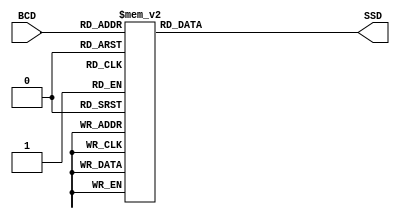
`timescale 1ns / 1ps
//////////////////////////////////////////////////////////////////////////////////
// Company: 
// Engineer: 
// 
// Design Name: 
// Module Name: bcd_to_SSG
// Project Name: 
// Target Devices: 
// Tool Versions: 
// Description: 
// 
// Dependencies: 
// 
// Revision:
// Revision 0.01 - File Created
// Additional Comments:
// 
//////////////////////////////////////////////////////////////////////////////////


module bcd_to_SSG(
        input [3:0] BCD,
        output reg [7:0] SSD
    );
    
    always @(*)
    begin
        case(BCD)
        0:     SSD     <= 8'hc0;
        1:     SSD     <= 8'hf9;
        2:     SSD     <= 8'ha4;
        3:     SSD     <= 8'hb0;
        4:     SSD     <= 8'h99;
        5:     SSD     <= 8'h92;
        6:     SSD     <= 8'h82;
        7:     SSD     <= 8'hf8;
        8:     SSD     <= 8'h80;
        9:     SSD     <= 8'h98;
     //  10:    SSD     <= 8'b10001000; // A */8'b10111111;//daah
     //  11:    SSD     <= 8'b10000001;
     //  12:    SSD     <= 8'b11000110;
     //  13:    SSD     <= 8'b11000000;
     //  14:    SSD     <= 8'b10000110;
     //  15:    SSD     <= 8'b10001110;
        default: SSD   <= 8'b11000000;
        endcase
    end
    
    
    
    
endmodule